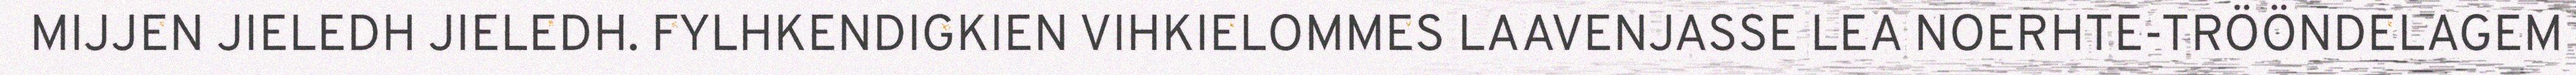
MIJJEN JIELEDH JIELEDH. FYLHKENDIGKIEN VIHKIELOMMES LAAVENJASSE LEA NOERHTE-TRÖÖNDELAGEM